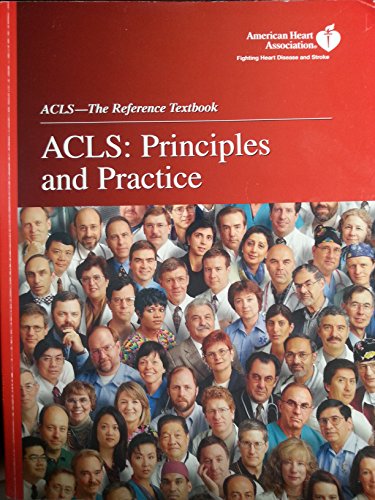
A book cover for ACLS: Principles And Practice; Health, Fitness & Dieting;